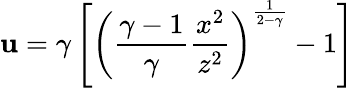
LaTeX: \mathbf{u}=\gamma\left[\left({\frac{{\gamma-1}}{{\gamma}}}{\frac{{x^{2}}}{{z^{2}}}}\right)^{\frac{{1}}{{2-\gamma}}}-1\right]